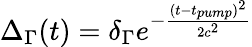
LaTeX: \Delta_{\Gamma}(t)=\delta_{\Gamma}e^{-\frac{(t-t_{pump})^{2}}{2c^{2}}}